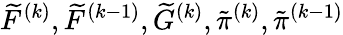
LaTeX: \widetilde{F}^{(k)},\widetilde{F}^{(k-1)},\widetilde{G}^{(k)},\tilde{\pi}^{(k)},\tilde{\pi}^{(k-1)}